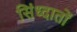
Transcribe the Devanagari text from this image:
सिंध्दातों